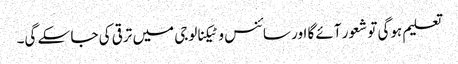
تعلیم ہوگی تو شعور آئے گا اور سائنس و ٹیکنالوجی میں ترقی کی جا سکے گی۔